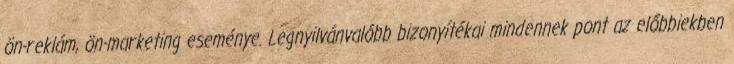
ön-reklám, ön-marketing eseménye. Legnyilvánvalóbb bizonyítékai mindennek pont az előbbiekben